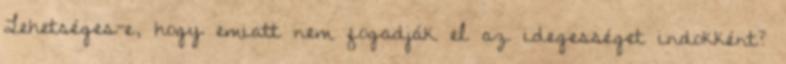
Lehetséges-e, hogy emiatt nem fogadják el az idegességet indokként?